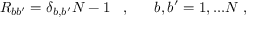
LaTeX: R _ { b b ^ { \prime } } = \delta _ { b , b ^ { \prime } } N - 1 \; \; \; , \; \; \; \; \; \; b , b ^ { \prime } = 1 , . . . N \; ,